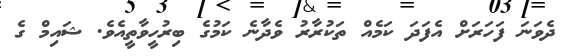
ދެވަނަ ފަހަރަށް އެފަދަ ކަމެއް ތަކުރާރު ވެދާނެ ކަމުގެ ބިރުހީވާތީއެވެ. ޝައިމް ގެ